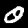
Label: 0